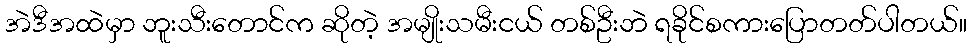
အဲဒီအထဲမှာ ဘူးသီးတောင်က ဆိုတဲ့ အမျိုးသမီးငယ် တစ်ဦးဘဲ ရခိုင်စကားပြောတတ်ပါတယ်။